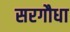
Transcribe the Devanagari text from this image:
सरगौधा